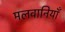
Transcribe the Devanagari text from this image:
मलवानियाँ